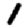
Digit: 1